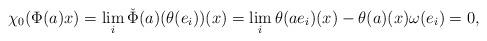
LaTeX: \begin{align*}\chi_0(\Phi(a)x) = \lim_i \check \Phi(a)(\theta(e_i)) (x) = \lim_i \theta(ae_i)(x) - \theta(a)(x)\omega(e_i) = 0,\end{align*}